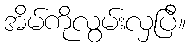
အိမ်ကိုလွမ်းလှပြီ။